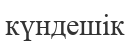
күндешік